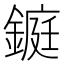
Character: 𨫆